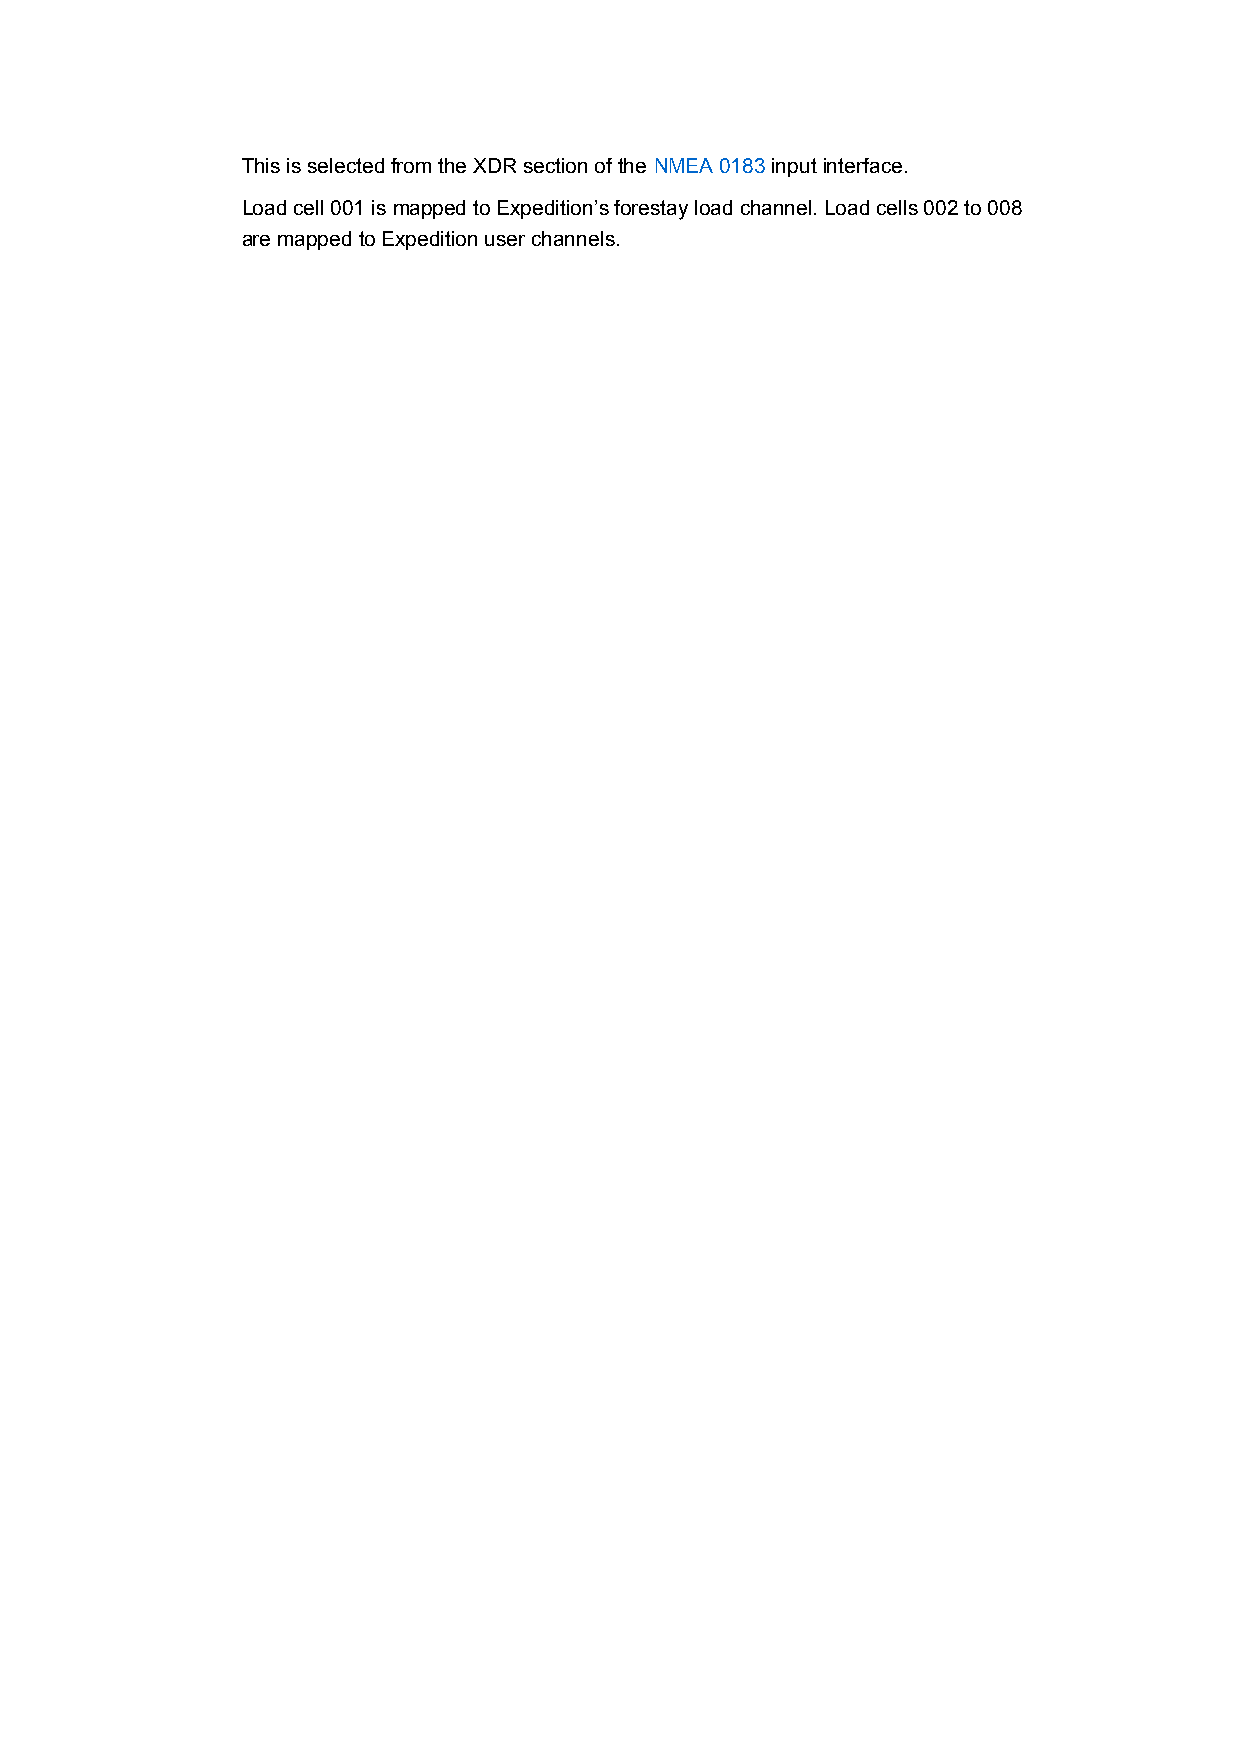
This is selected from the XDR section of the NMEA 0183 input interface.
 Load cell 001 is mapped to Expedition’s forestay load channel. Load cells 002 to 008
 are mapped to Expedition user channels.